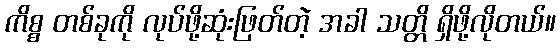
ကိစ္စ တစ်ခုကို လုပ်ဖို့ဆုံးဖြတ်တဲ့ အခါ သတ္တိ ရှိဖို့လိုတယ်။